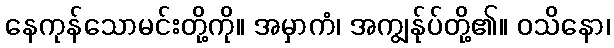
နေကုန်သောမင်းတို့ကို။ အမှာကံ၊ အကျွန်ုပ်တို့၏။ ဝသိနော၊